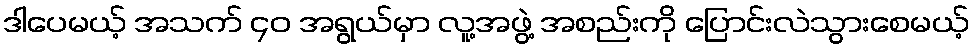
ဒါပေမယ့် အသက် ၄၀ အရွယ်မှာ လူ့အဖွဲ့ အစည်းကို ပြောင်းလဲသွားစေမယ့်